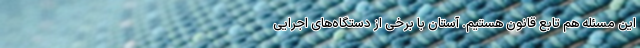
این مسئله هم تابع قانون هستیم. آستان با برخی از دستگاه‌های اجرایی